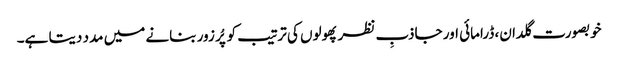
خوبصورت گلدان، ڈرامائی اور جاذبِ نظر پھولوں کی ترتیب کو پُر زور بنانے میں مدد دیتا ہے۔